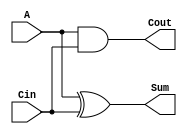
module HalfAdder(
	A,
	Cin,
	Cout,
	Sum
);


input wire	A;
input wire	Cin;
output wire	Cout;
output wire	Sum;





assign	Cout = A & Cin;

assign	Sum = A ^ Cin;


endmodule